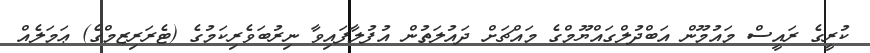
ކުރީގެ ރައީސް މައުމޫން އަބްދުލްގައްޔޫމްގެ މައްޗަށް ދައުލަތުން އުފުލާފައިވާ ނިރުބަވެރިކަމުގެ (ޓެރަރިޒމްގެ) ޢަމަލެއް